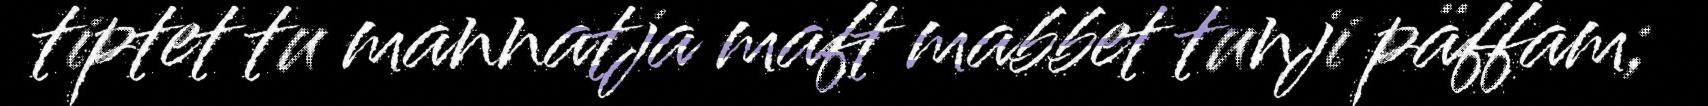
tiptet tu mannatja maft mabbet tunji päffam;